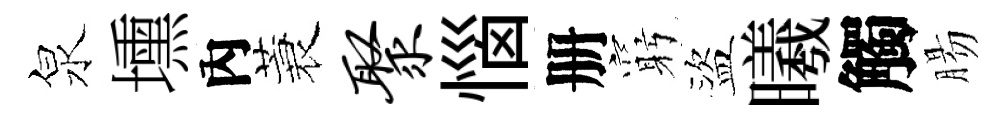
泉壎內蓑聚惱册窮盜曦觸腸